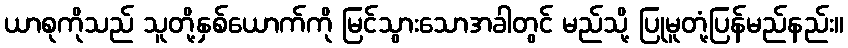
ယာစုကိုသည် သူတို့နှစ်ယောက်ကို မြင်သွားသောအခါတွင် မည်သို့ ပြုမူတုံ့ပြန်မည်နည်း။